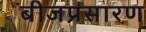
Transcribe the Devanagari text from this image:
बीजप्रसारण